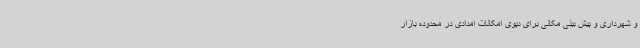
و شهرداری و پیش بینی مکانی برای دپوی امکانات امدادی در محدوده بازار